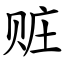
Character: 赃